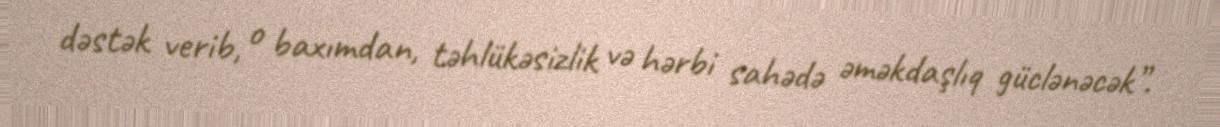
dəstək verib, o baxımdan, təhlükəsizlik və hərbi sahədə əməkdaşlıq güclənəcək”.